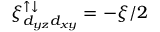
\xi _ { d _ { y z } d _ { x y } } ^ { \uparrow \downarrow } = - \xi / 2